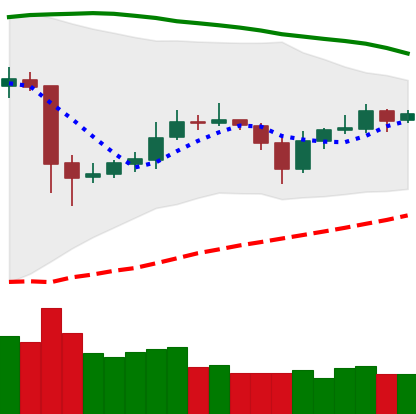
Ticker: ETC-USD
Chart end date: 2020-05-27
Forward return: 6.374%
Label: up_5_7